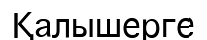
Қалышерге